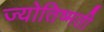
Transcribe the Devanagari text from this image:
ज्योतिष्मती